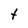
Character: t